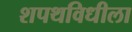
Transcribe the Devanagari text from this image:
शपथविधीला